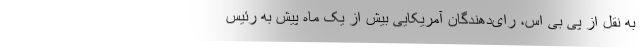
به نقل از پی بی اس، رای‌دهندگان آمریکایی بیش از یک ماه پیش به رئیس